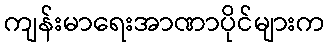
ကျန်းမာရေးအာဏာပိုင်များက